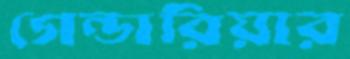
গেন্ডারিয়ার